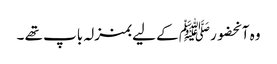
وہ آنحضورﷺ کے لیے بمنزلہ باپ تھے ۔